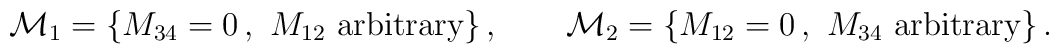
{\cal M}_1=\{M_{34}=0\,, ~M_{12}\mbox{~arbitrary}\}\,,\qquad{\cal M}_2=\{M_{12}=0\,,~M_{34}\mbox{~arbitrary}\}\,.